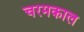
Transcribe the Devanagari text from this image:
चरमकाल